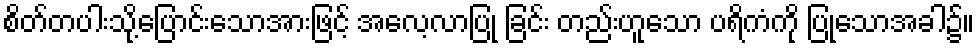
စိတ်တပါးသို့ပြောင်းသောအားဖြင့် အလေ့လာပြု ခြင်း တည်းဟူသော ပရိကံကို ပြုသောအခါ၌။